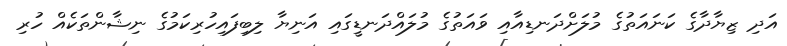
އަދި ޒިޔާދާގެ ކަނައަތުގެ މުލަށްދަނޑިއާއި ވައަތުގެ މުލައްދަނޑީގައި އަނިޔާ ލިބިފައިހުރިކަމުގެ ނިޝާންތަކެއް ހުރި